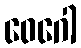
ဝေဂေါ